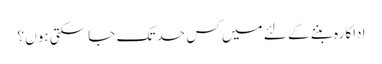
اداکارہ بننے کے لئے میں کس حد تک جا سکتی ہوں ؟